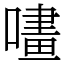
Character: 㗲